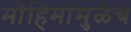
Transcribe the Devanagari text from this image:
मोहिमांमुळेच